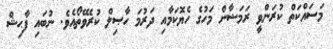
މަސައްކަތް ކުރަންވީ ރަމަޟާން މަހުގެ ހެޔޮކަމާއި ދަރުމަ ހާޞިލް ކުރެވޭތޯއެވެ. ނުބައި ފާޙިޝް